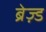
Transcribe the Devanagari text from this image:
ब्रेज़्ड